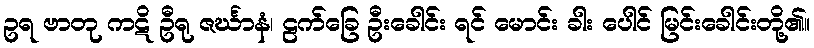
ဥရ ဗာတု ကဋိ ဦရု ဇင်္ဃာနံ၊ ဠက်ခြေ ဦးခေါင်း ရင် မောင်း ခါး ပေါင် မြင်းခေါင်းတို့၏။